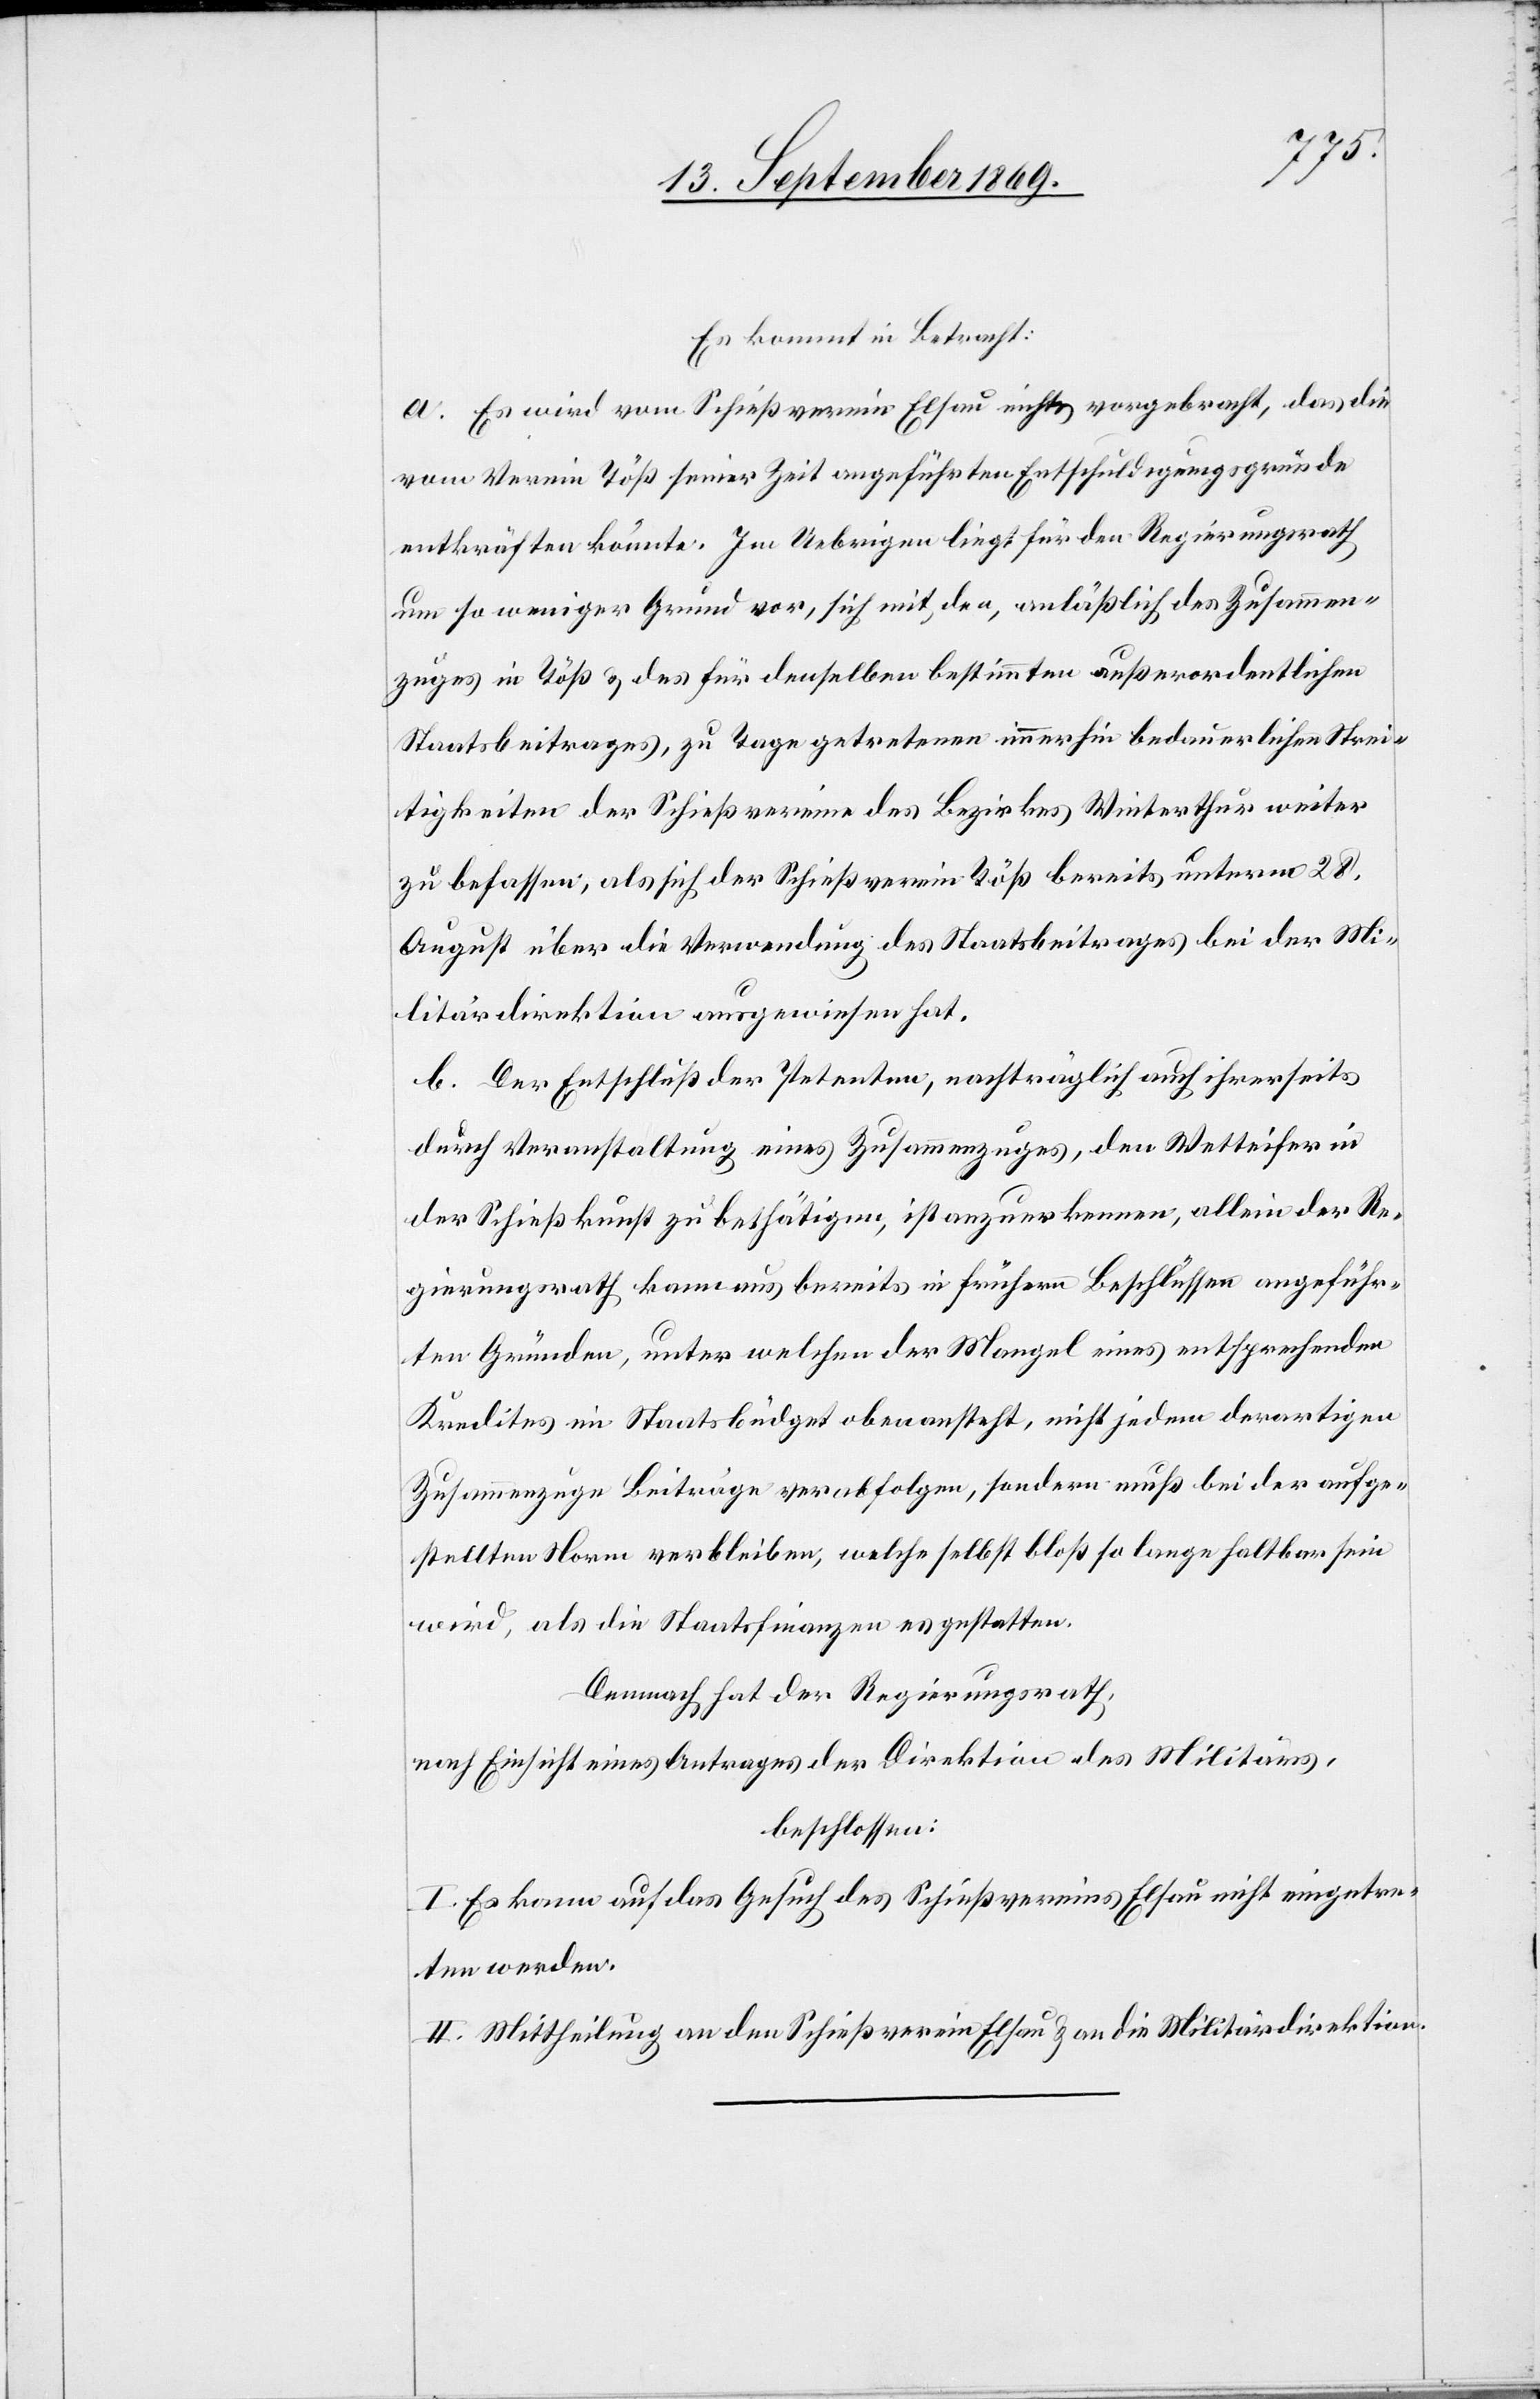
Es kommt in Betracht:
a. Es wird vom Schießverein Elsau nichts vorgebracht, das die
vom Verein Töß seiner Zeit angeführten Entschuldigumgsgründe
entkräften könnte. Im Uebrigen liegt für den Regierungsrath
um so weniger Grund vor, sich mit den, anläßlich des Zusammen¬
zuges in Töß & des für denselben bestimmten außerordentlichen
Staatsbeitrages, zu Tage getretenen immerhin bedauerlichen Strei¬
tigkeiten der Schießvereine des Bezirkes Winterthur weiter
zu befassen, als sich der Schießverein Töß bereits unterm 28.
August über die Verwendung des Staatsbeitrages bei der Mi¬
litärdirektion ausgewiesen hat.
b. Der Entschluß der Petenten, nachträglich auch ihrerseits
durch Veranstaltung eines Zusammenzuges, den Wetteifer in
der Schießkunst zu bethätigen, ist anzuerkennen, allein der Re¬
gierungsrath kann aus bereits in frühern Beschlüssen angeführ¬
ten Gründen, unter welchen der Mangel eines entsprechenden
Kredites im Staatsbüdget oben ansteht, nicht jedem derartigen
Zusammenzuge Beiträge verabfolgen, sondern muß bei der aufge¬
stellten Norm verbleiben, welche selbst bloß so lange haltbar sein
wird, als die Staatsfinanzen es gestatten.
Demnach hat der Regierungsrath,
nach Einsicht eines Antrages der Direktion des Militärs,
beschlossen:
I. Es kann auf das Gesuch des Schießvereins Elsau nicht eingetre¬
ten werden.
II. Mittheilung an den Schießverein Elsau & an die Militärdirektion.